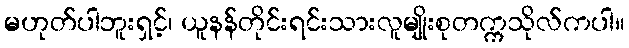
မဟုတ်ပါဘူးရှင့်၊ ယူနန်တိုင်းရင်းသားလူမျိုးစုတက္ကသိုလ်ကပါ။